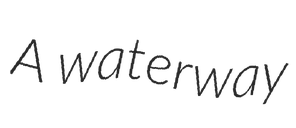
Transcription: A waterway